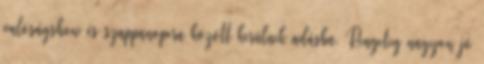
valóságshow és szappanopera között kerülnek adásba. Rengeteg nagyon jó